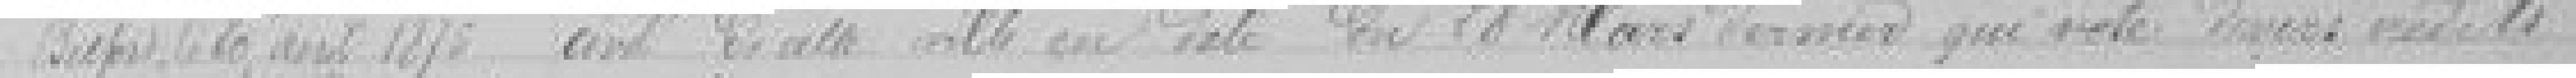
Belfort le 20 avril 1875             civil de cette ville en date du 28 mars dernier qui vote divers crédits